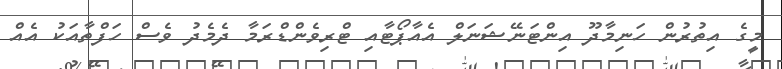
މީގެ އިތުރުން ހަނިމާދޫ އިންޓަނޭޝަނަލް އެއާޕޯޓާއި ޓްރިވެންޑްރަމާ ދެމެދު ވެސް ހަފްތާއަކު އެއް